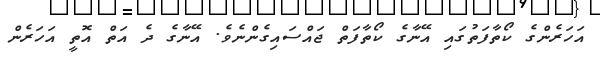
އަހަރެންގެ ކޯތާފަތުގައި އޭނާގެ ކޯތާފަތް ޖައްސައިގެންނެވެ. އޭނާގެ ދެ އަތް އޮތީ އަހަރެން